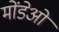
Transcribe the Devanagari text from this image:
मोंडेओ